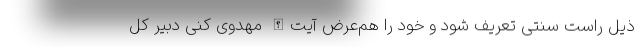
ذیل راست سنتی تعریف شود و خود را هم‌عرض آیت‌الله مهدوی کنی دبیر کل